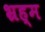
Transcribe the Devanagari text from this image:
भ्रह्म